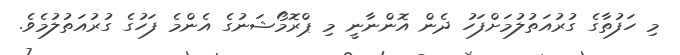
މި ހަފުތާގެ ގުރުއަތުލުމަށްފަހު ދެން އޮންނާނީ މި ޕްރޮމޯޝަނުގެ އެންމެ ފަހުގެ ގުރުއަތުލުމެެވެ.